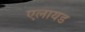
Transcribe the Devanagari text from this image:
एलायड